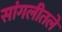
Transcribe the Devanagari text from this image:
सांगलीतले